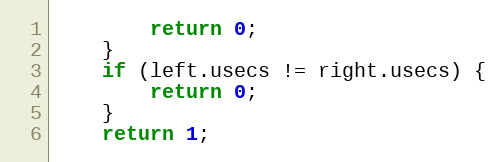
Language: C
		return 0;
	}
	if (left.usecs != right.usecs) {
		return 0;
	}
	return 1;